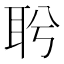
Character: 𦕎